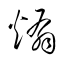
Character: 煽